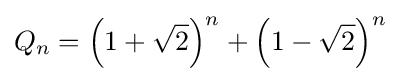
Q_{n}=\left(1+{\sqrt {2}}\right)^{n}+\left(1-{\sqrt {2}}\right)^{n}